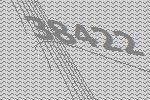
38422